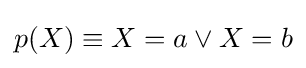
p(X)\equiv X=a\lor X=b